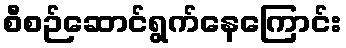
စီစဉ်ဆောင်ရွက်နေကြောင်း